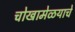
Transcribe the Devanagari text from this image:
चोखामेळयाचे